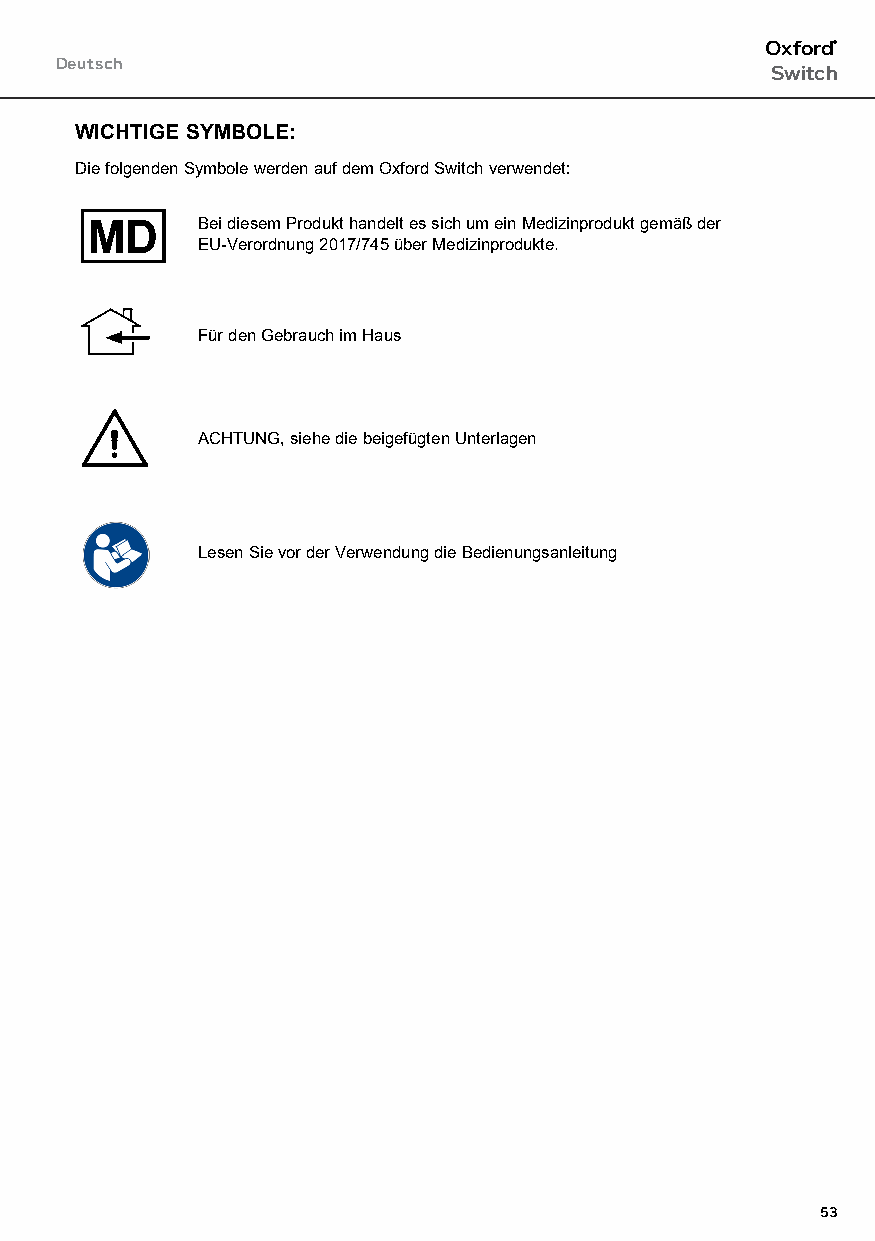
Oxford®
 Deutsch
 Switch
 WICHTIGE SYMBOLE:
 Die folgenden Symbole werden auf dem Oxford Switch verwendet:
 Bei diesem Produkt handelt es sich um ein Medizinprodukt gemäß der
 EU-Verordnung 2017/745 über Medizinprodukte.
 Für den Gebrauch im Haus
 ACHTUNG, siehe die beigefügten Unterlagen
 Lesen Sie vor der Verwendung die Bedienungsanleitung
 53